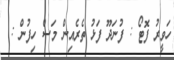
ހަވީރު ފޮޓޯ : ފުނަދޫ ފަޅު ތެރެއިން މަސް ހިފުން :